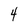
Character: 4